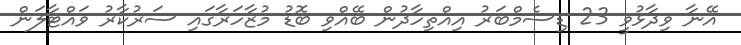
އޭނާ ވިދާޅުވީ 23 ޑިސެމްބަރު އިއްތިހާދުން ބޭއްވި ބޮޑު މުޒާހަރާގައި ސަރުކާރު ވައްޓާލަން